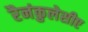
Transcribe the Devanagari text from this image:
रैनंकुलेसीए